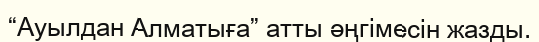
“Ауылдан Алматыға” атты әңгімесін жазды.